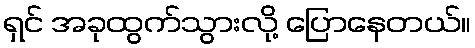
ရှင် အခုထွက်သွားလို့ ပြောနေတယ်။